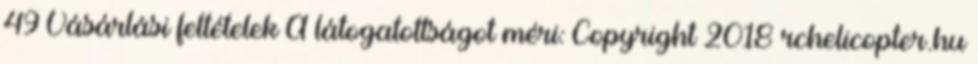
49 Vásárlási feltételek A látogatottságot méri: Copyright 2018 rchelicopter.hu